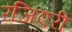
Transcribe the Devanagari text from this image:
रजिएरी